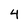
Character: 4